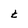
Character: t